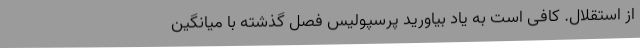
از استقلال. کافی است به یاد بیاورید پرسپولیس فصل گذشته با میانگین